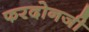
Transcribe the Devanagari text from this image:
फरदोनजी